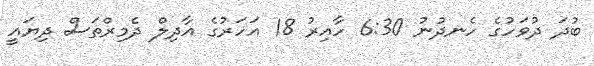
ބުދަ ދުވަހުގެ ހެނދުނު 6:30 ހާއިރު 18 އަހަރުގެ އާދިލް ދެމިރްތަސް ދިޔައީ